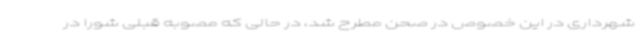
شهرداری در این خصوص در صحن مطرح شد، در حالی که مصوبه قبلی شورا در